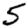
Digit: 5